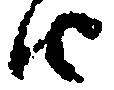
由